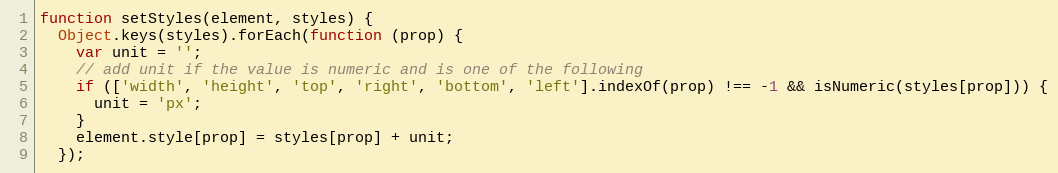
Language: JavaScript
function setStyles(element, styles) {
  Object.keys(styles).forEach(function (prop) {
    var unit = '';
    // add unit if the value is numeric and is one of the following
    if (['width', 'height', 'top', 'right', 'bottom', 'left'].indexOf(prop) !== -1 && isNumeric(styles[prop])) {
      unit = 'px';
    }
    element.style[prop] = styles[prop] + unit;
  });